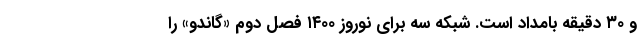
و ۳۰ دقیقه بامداد است. شبکه سه برای نوروز ۱۴۰۰ فصل دوم «گاندو» را